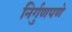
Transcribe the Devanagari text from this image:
निर्गुणपणे